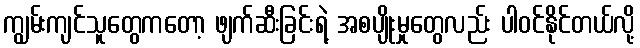
ကျွမ်းကျင်သူတွေကတော့ ဖျက်ဆီးခြင်းရဲ့ အစပျိုးမှုတွေလည်း ပါဝင်နိုင်တယ်လို့